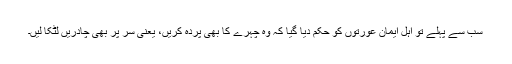
سب سے پہلے تو اہل ایمان عورتوں کو حکم دیا گیا کہ وہ چہرے کا بھی پردہ کریں، یعنی سر پر بھی چادریں لٹکا لیں۔